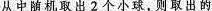
从中随机取出2个小球，则取出的